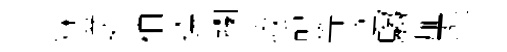
燥逆柏選攔收靜等寛騶扉炁